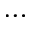
\cdots